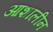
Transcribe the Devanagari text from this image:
आशालीन